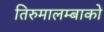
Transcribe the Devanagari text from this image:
तिरुमालम्बाको